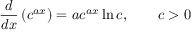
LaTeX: { \frac { d } { d x } } \left( c ^ { a x } \right) = { a c ^ { a x } \ln c } , \qquad c > 0